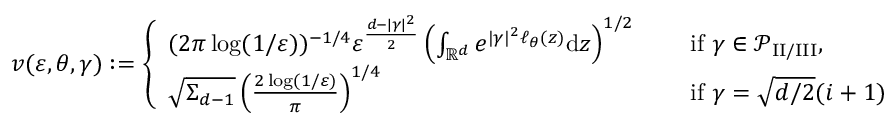
v ( \varepsilon , \theta , \gamma ) : = \left\{ \begin{array} { l l } { ( 2 \pi \log ( 1 / \varepsilon ) ) ^ { - 1 / 4 } \varepsilon ^ { \frac { d - | \gamma | ^ { 2 } } { 2 } } \left( \int _ { { \ensuremath { \mathbb R } } ^ { d } } e ^ { | \gamma | ^ { 2 } \ell _ { \theta } ( z ) } \mathrm { d } z \right) ^ { 1 / 2 } \quad } & { \mathrm { ~ i f ~ } \gamma \in { \ensuremath { \mathcal P } } _ { \mathrm { I I / I I I } } , } \\ { \sqrt { \Sigma _ { d - 1 } } \left( \frac { 2 \log ( 1 / \varepsilon ) } { \pi } \right) ^ { 1 / 4 } \quad } & { \mathrm { ~ i f ~ } \gamma = \sqrt { d / 2 } ( i + 1 ) } \end{array} \right.